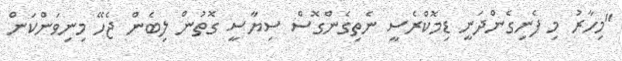
"މިހާރު މި ފެނިގެންދަނީ ޑިމޮކްރެސީ ނެތިގެންގޮސް ސިޔާސީ ގޮތުން ލިބެން ޖެހޭ މިނިވަންކަން